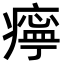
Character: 𤹧